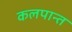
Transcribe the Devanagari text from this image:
कलपान्त